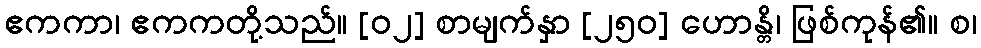
ဧကကာ၊ ဧကကတို့သည်။ [၀၂] စာမျက်နှာ [၂၅၀] ဟောန္တိ၊ ဖြစ်ကုန်၏။ စ၊